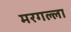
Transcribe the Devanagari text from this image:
मरगल्ला